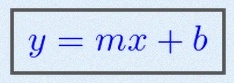
y=mx+b